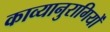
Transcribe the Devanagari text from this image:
काव्यानुरागियों